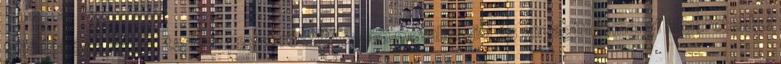
fejlődésével lépést tartva, egyre részletesebb metallurgiai és anyagtudományi ismeretekkel